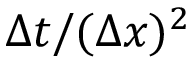
\Delta t / ( \Delta x ) ^ { 2 }